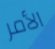
الأمر